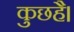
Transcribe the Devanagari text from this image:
कुछहै।